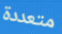
متعددة